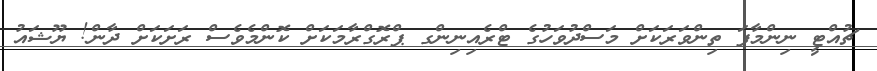
ޗުއްޓީ ނިންމާފަ ތިންވަރަކަށް މަސްދުވަހުގެ ޓްރެއިނިންގ ޕްރޮގްރާމަކަށް ކޮންމެވެސް ރަށަކަށް ދާން! ޔޫޝައު